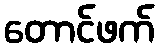
တောင်ဖက်